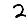
Digit: 2